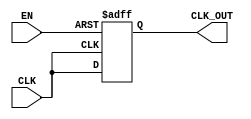
module ClockGatingBuffer (
    input wire CLK,      // Primary clock input
    input wire EN,       // Enable signal
    output reg CLK_OUT   // Gated clock output
);

// Internal signal to hold the gated clock state
reg gated_clk;

// Always block to monitor the enable signal and clock input
always @(posedge CLK or negedge EN) begin
    if (!EN) begin
        // When EN is low, hold the output clock low
        CLK_OUT <= 1'b0;
    end else begin
        // When EN is high, pass the clock through
        CLK_OUT <= CLK;
    end
end

endmodule